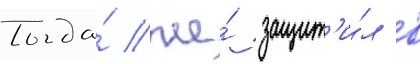
Тогда́ же́ защит'и́л в